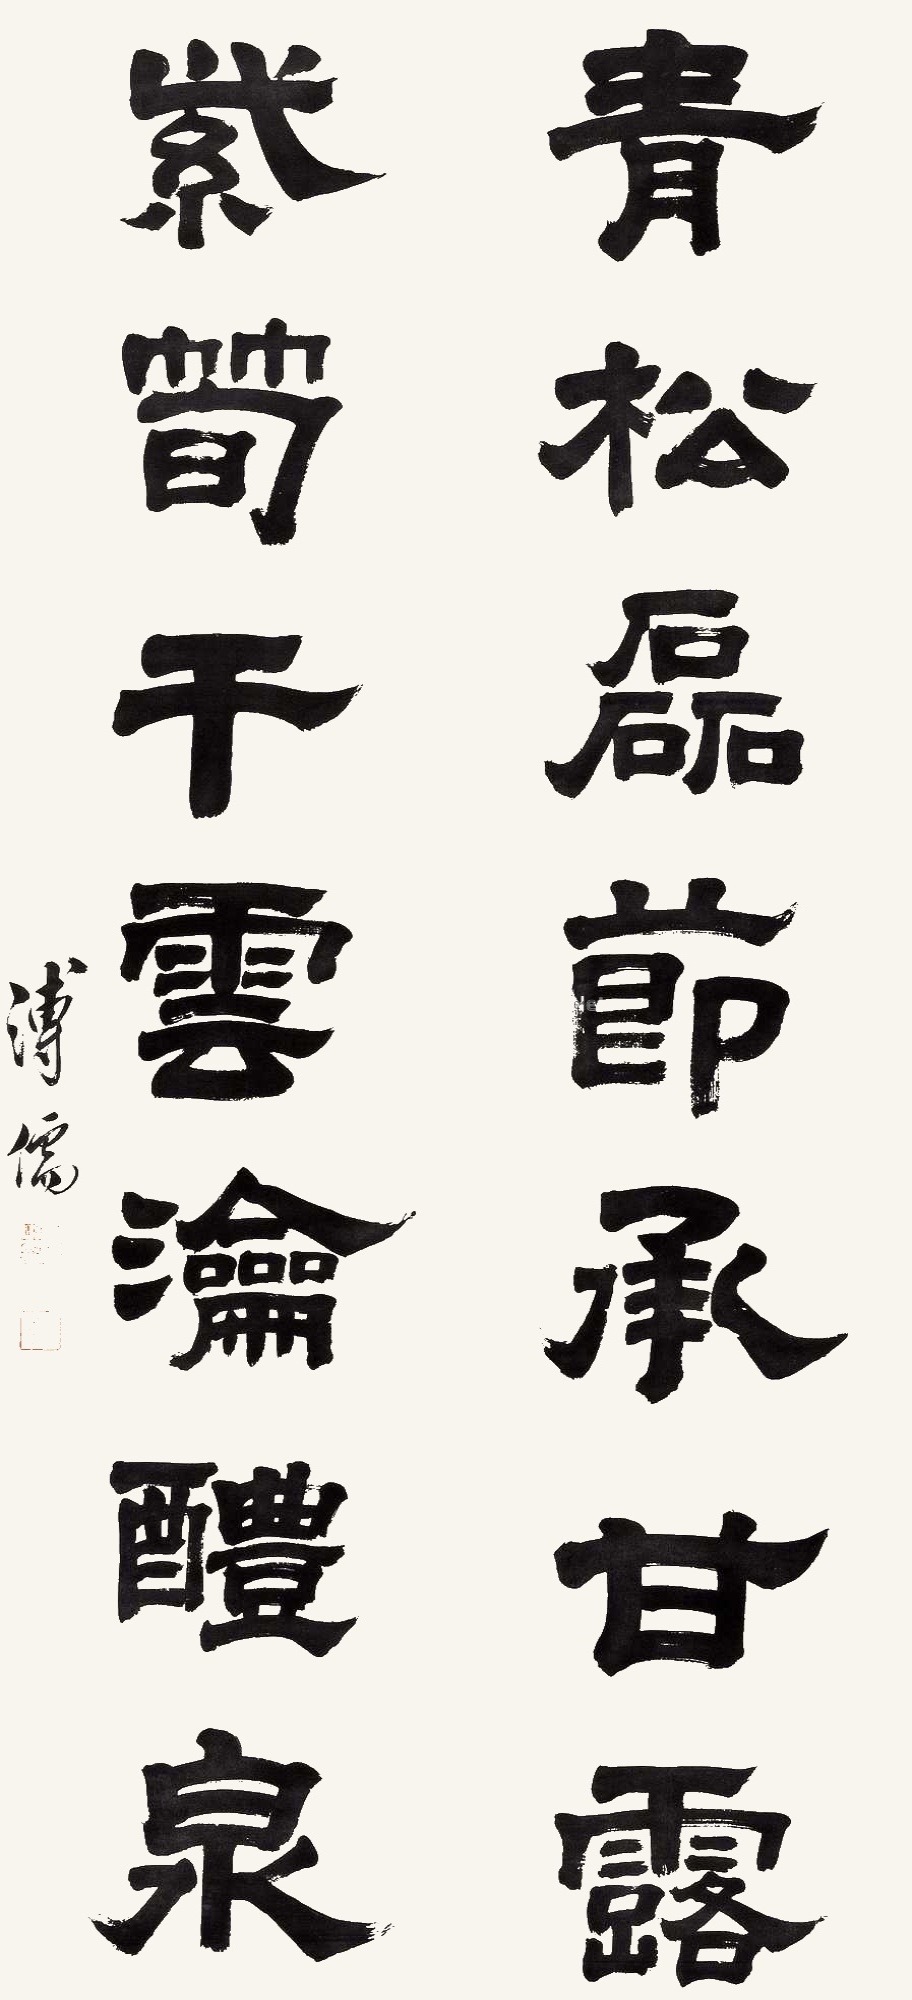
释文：青松磊节承甘露，紫笋干云沦醴泉。溥儒。